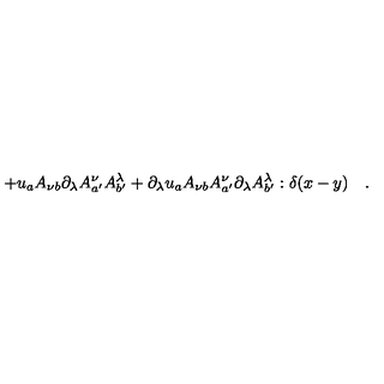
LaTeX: + u _ { a } A _ { \nu b } \partial _ { \lambda } A _ { a ^ { \prime } } ^ { \nu } A _ { b ^ { \prime } } ^ { \lambda } + \partial _ { \lambda } u _ { a } A _ { \nu b } A _ { a ^ { \prime } } ^ { \nu } \partial _ { \lambda } A _ { b ^ { \prime } } ^ { \lambda } : \delta ( x - y ) \quad .